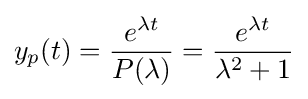
y_{p}(t)={\frac {e^{\lambda t}}{P(\lambda )}}={\frac {e^{\lambda t}}{\lambda ^{2}+1}}